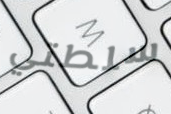
سلطتي